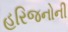
હરિજનોની